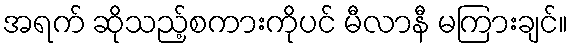
အရက် ဆိုသည့်စကားကိုပင် မီလာနီ မကြားချင်။